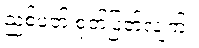
ညစ်ပတ် စုတ်ပြတ်လျက်။